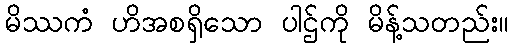
မိဿကံ ဟိအစရှိသော ပါဌ်ကို မိန့်သတည်း။